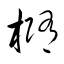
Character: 橢